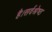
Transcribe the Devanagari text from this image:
है।सर्वश्रेष्ठ